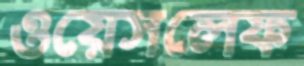
ওয়েসলেফ